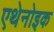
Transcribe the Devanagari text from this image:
एथेनोइक